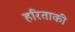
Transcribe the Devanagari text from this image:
हरिताकी